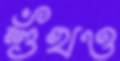
শুঁখও